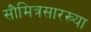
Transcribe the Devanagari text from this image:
सौमित्रसारख्या